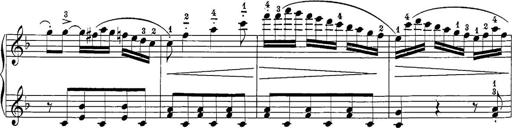
Title: 12 Sonatine per Pianoforte
Composer: Friedrich Kuhlau